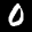
Label: 0